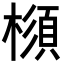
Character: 𣛪